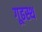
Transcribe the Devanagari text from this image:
गूढस्थ